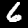
Label: 6